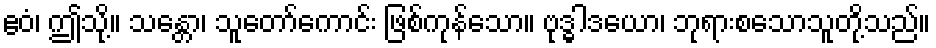
ဧဝံ၊ ဤသို့။ သန္တော၊ သူတော်ကောင်း ဖြစ်ကုန်သော။ ဗုဒ္ဓါဒယော၊ ဘုရားစသောသူတို့သည်။